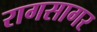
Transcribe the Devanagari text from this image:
रागसागर